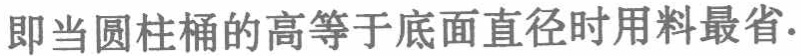
即当圆柱桶的高等于底面直径时用料最省.